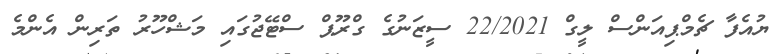
ޔުއެފާ ޗެމްޕިއަންސް ލީގް 22/2021 ސީޒަނުގެ ގްރޫޕް ސްޓޭޖުގައި މަޝްހޫރު ތަރިން އެންމެ